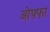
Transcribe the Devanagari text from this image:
ओफ़्फा